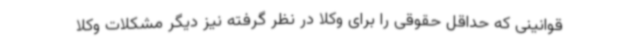
قوانینی که حداقل حقوقی را برای وکلا در نظر گرفته نیز دیگر مشکلات وکلا